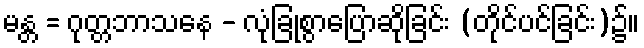
မန္တ = ဂုတ္တဘာသနေ - လုံခြုံစွာပြောဆိုခြင်း (တိုင်ပင်ခြင်း)၌။